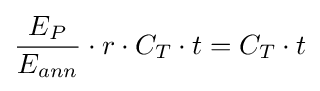
{\frac {E_{P}}{E_{ann}}}\cdot r\cdot C_{T}\cdot t=C_{T}\cdot t